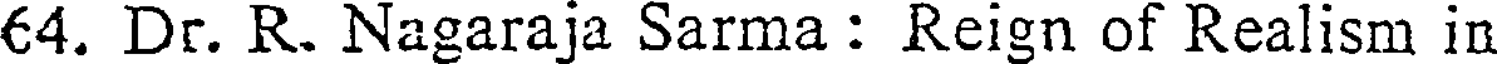
64. Dr. R. Nagaraja Sarma : Reign of Realism in